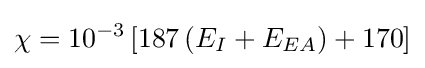
\chi =10^{-3}\left[187\left(E_{I}+E_{EA}\right)+170\right]